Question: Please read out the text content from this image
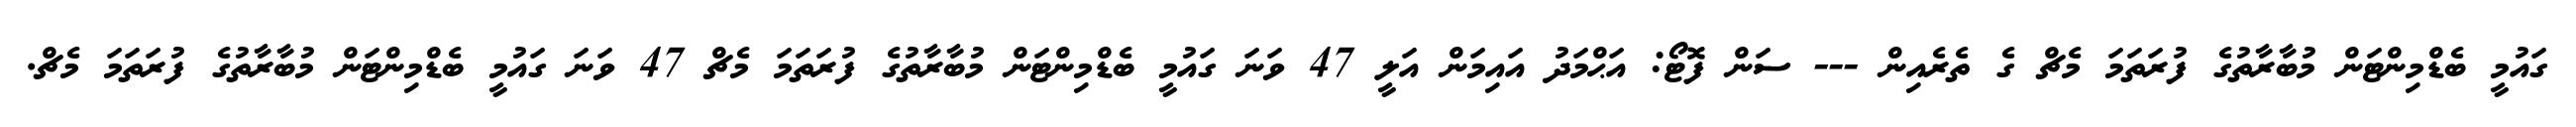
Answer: ގައުމީ ބެޑްމިންޓަން މުބާރާތުގެ ފުރަތަމަ މެޗް ގެ ތެރެއިން --- ސަން ފޮޓޯ: އަޙްމަދު އައިމަން އަލީ 47 ވަނަ ގައުމީ ބެޑްމިންޓަން މުބާރާތުގެ ފުރަތަމަ މެޗް 47 ވަނަ ގައުމީ ބެޑްމިންޓަން މުބާރާތުގެ ފުރަތަމަ މެޗް.